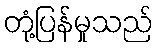
တုံ့ပြန်မှုသည်